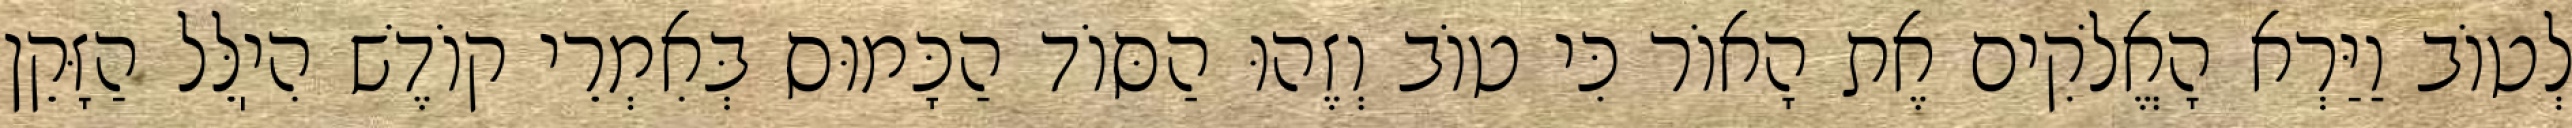
לְטוֹב וַיַּרְא הָאֱלֹקִים אֶת הָאוֹר כִּי טוֹב וְזֶהוּ הַסּוֹד הַכָּמוּס בְּאִמְרֵי קוֹדֶשׁ הִיֽלֵּל הַזָּקֵן